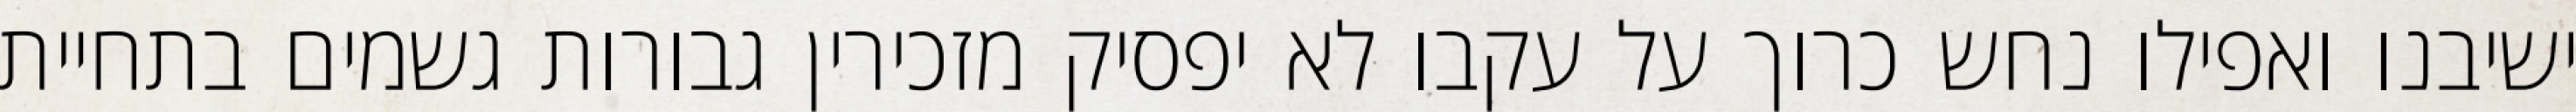
ישיבנו ואפילו נחש כרוך על עקבו לא יפסיק מזכירין גבורות גשמים בתחיית